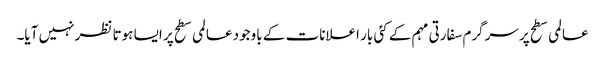
عالمی سطح پر سرگرم سفارتی مہم کے کئی بار اعلانات کے باوجود عالمی سطح پر ایسا ہوتا نظر نہیں آیا۔